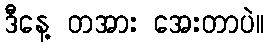
ဒီနေ့ တအား အေးတာပဲ။